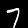
Label: 7